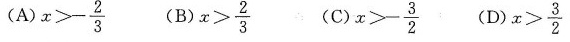
(D) $$x> \frac{3} {2}$$ $$x>- \frac{2}{3}$$ (B) $$x> \frac{2} {3}$$ () $$x > - \frac{3} {2}$$